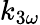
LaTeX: k_{3\omega}